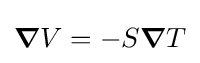
{\boldsymbol {\nabla }}V=-S{\boldsymbol {\nabla }}T